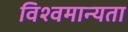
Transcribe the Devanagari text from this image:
विश्वमान्यता